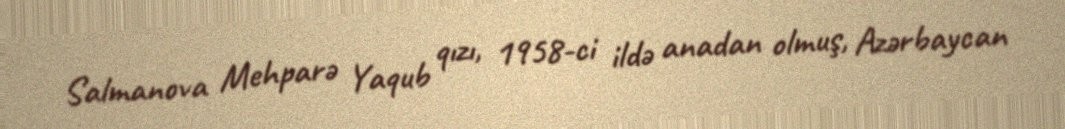
Salmanova Mehparə Yaqub qızı, 1958-ci ildə anadan olmuş, Azərbaycan